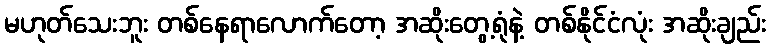
မဟုတ်သေးဘူး တစ်နေရာလောက်တော့ အဆိုးတွေ့ရုံနဲ့ တစ်နိုင်ငံလုံး အဆိုးချည်း